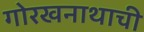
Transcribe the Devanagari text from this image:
गोरखनाथाची